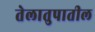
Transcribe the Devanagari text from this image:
तेलातुपातील